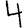
Digit: 4